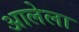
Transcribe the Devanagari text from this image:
अालेला